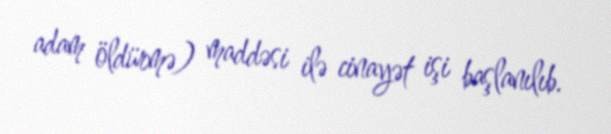
adam öldürmə) maddəsi ilə cinayət işi başlanılıb.